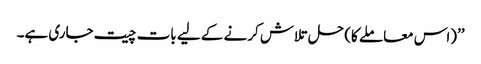
’’(اس معاملے کا) حل تلاش کرنے کے لیے بات چیت جاری ہے۔